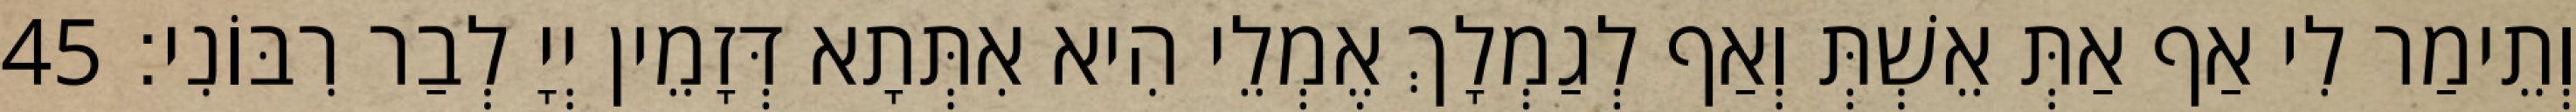
וְתֵימַר לִי אַף אַתְּ אֵשְׁתְּ וְאַף לְגַמְלָךְ אֶמְלֵי הִיא אִתְּתָא דְּזָמֵין יְיָ לְבַר רִבּוֹנִי׃ 45